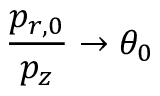
\displaystyle { \frac { p _ { r , 0 } } { p _ { z } } \rightarrow \theta _ { 0 } }